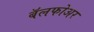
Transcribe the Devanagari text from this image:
बॅलफोअर